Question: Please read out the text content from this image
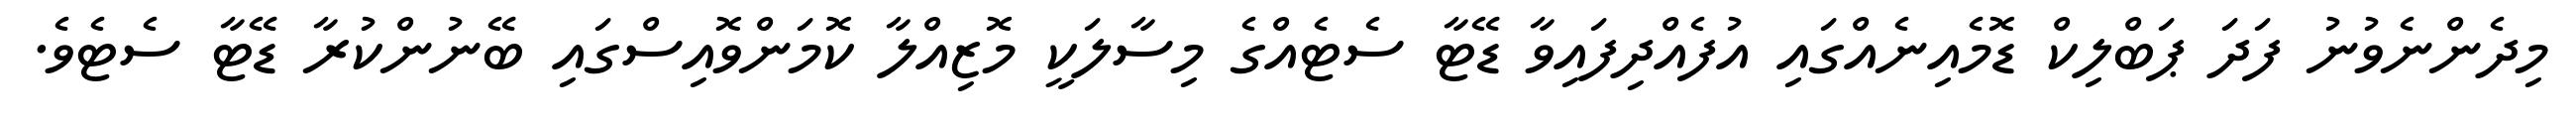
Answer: މިދެންނެވުނު ފަދަ ޕަބްލިކް ޑޮމެއިނެއްގައި އުފެއްދިފައިވާ ޑޭޓާ ސެޓެއްގެ މިސާލަކީ މޮޒިއްލާ ކޮމަންވޮއިސްގައި ބޭނުންކުރާ ޑޭޓާ ސެޓެވެ.